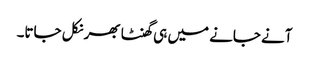
آنے جانے میں ہی گھنٹا بھر نکل جاتا۔